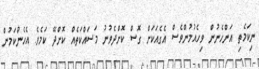
ނިކަމެތި އަންހެނުން ވިހެއުމުންވެސް އެގެއަކަށް ގޮސް ކޮށްދެވުނު މަސައްކަތެއް ކޮށްދޭ ކަމެވެ. އެހެންކަމުން